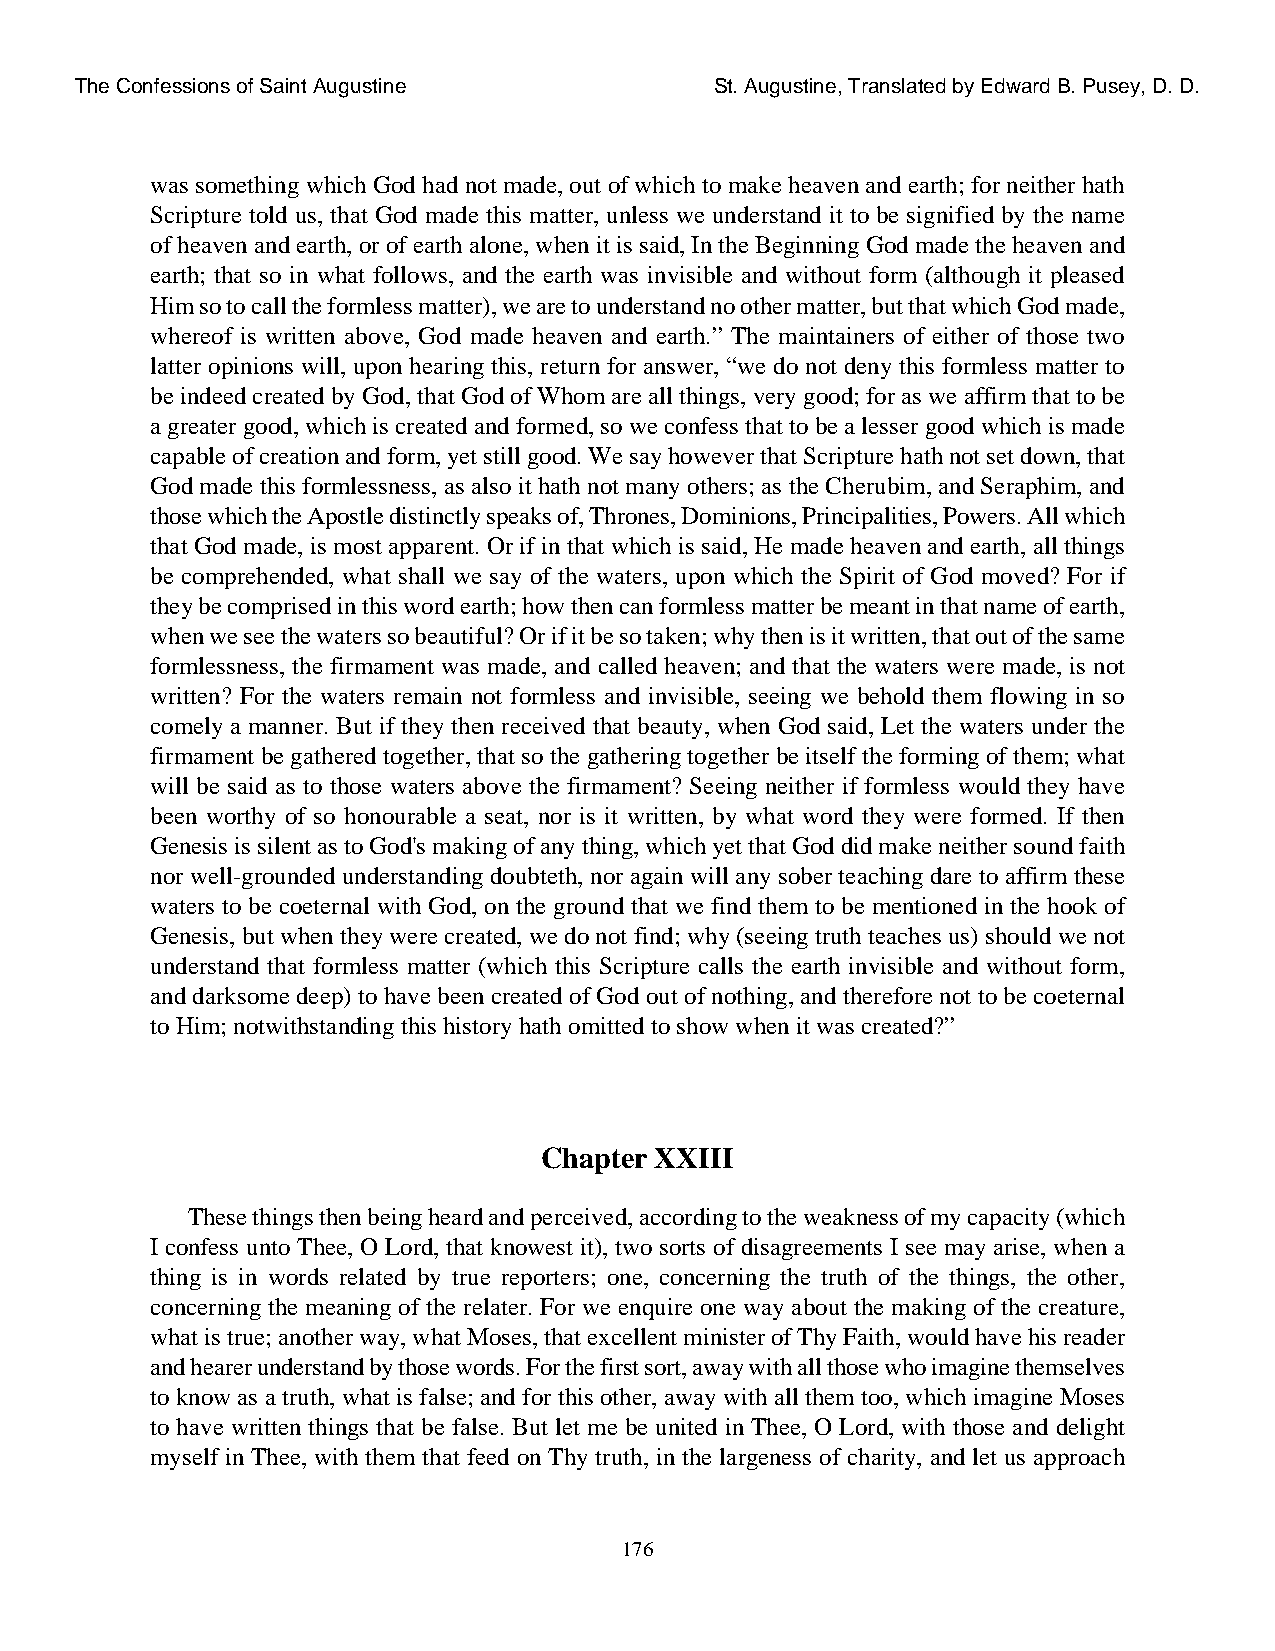
The Confessions of Saint Augustine        St. Augustine, Translated by Edward B. Pusey, D. D.
 was something which God had not made, out of which to make heaven and earth; for neither hath
 Scripture told us, that God made this matter, unless we understand it to be signified by the name
 of heaven and earth, or of earth alone, when it is said, In the Beginning God made the heaven and
 earth; that so in what follows, and the earth was invisible and without form (although it pleased
 Him so to call the formless matter), we are to understand no other matter, but that which God made,
 whereof is written above, God made heaven and earth.” The maintainers of either of those two
 latter opinions will, upon hearing this, return for answer, “we do not deny this formless matter to
 be indeed created by God, that God of Whom are all things, very good; for as we affirm that to be
 a greater good, which is created and formed, so we confess that to be a lesser good which is made
 capable of creation and form, yet still good. We say however that Scripture hath not set down, that
 God made this formlessness, as also it hath not many others; as the Cherubim, and Seraphim, and
 those which the Apostle distinctly speaks of, Thrones, Dominions, Principalities, Powers. All which
 that God made, is most apparent. Or if in that which is said, He made heaven and earth, all things
 be comprehended, what shall we say of the waters, upon which the Spirit of God moved? For if
 they be comprised in this word earth; how then can formless matter be meant in that name of earth,
 when we see the waters so beautiful? Or if it be so taken; why then is it written, that out of the same
 formlessness, the firmament was made, and called heaven; and that the waters were made, is not
 written? For the waters remain not formless and invisible, seeing we behold them flowing in so
 comely a manner. But if they then received that beauty, when God said, Let the waters under the
 firmament be gathered together, that so the gathering together be itself the forming of them; what
 will be said as to those waters above the firmament? Seeing neither if formless would they have
 been worthy of so honourable a seat, nor is it written, by what word they were formed. If then
 Genesis is silent as to God's making of any thing, which yet that God did make neither sound faith
 nor well-grounded understanding doubteth, nor again will any sober teaching dare to affirm these
 waters to be coeternal with God, on the ground that we find them to be mentioned in the hook of
 Genesis, but when they were created, we do not find; why (seeing truth teaches us) should we not
 understand that formless matter (which this Scripture calls the earth invisible and without form,
 and darksome deep) to have been created of God out of nothing, and therefore not to be coeternal
 to Him; notwithstanding this history hath omitted to show when it was created?”
 Chapter XXIII
 These things then being heard and perceived, according to the weakness of my capacity (which
 I confess unto Thee, O Lord, that knowest it), two sorts of disagreements I see may arise, when a
 thing is in words related by true reporters; one, concerning the truth of the things, the other,
 concerning the meaning of the relater. For we enquire one way about the making of the creature,
 what is true; another way, what Moses, that excellent minister of Thy Faith, would have his reader
 and hearer understand by those words. For the first sort, away with all those who imagine themselves
 to know as a truth, what is false; and for this other, away with all them too, which imagine Moses
 to have written things that be false. But let me be united in Thee, O Lord, with those and delight
 myself in Thee, with them that feed on Thy truth, in the largeness of charity, and let us approach
 176